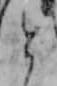
と